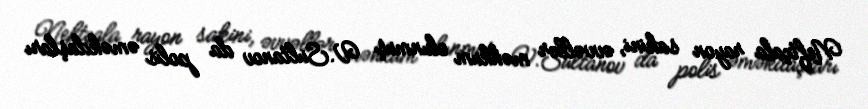
Neftçala rayon sakini, əvvəllər məhkum olunmuş V.Sultanov da polis əməkdaşları